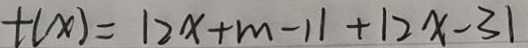
t ( x ) = 1 2 x + m - 1 1 + 1 2 x - 3 1